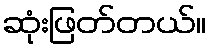
ဆုံးဖြတ်တယ်။